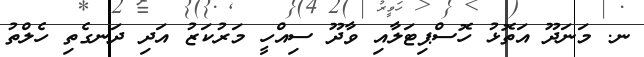
ނ. މަނަދޫ އަތޮޅު ހޮސްޕިޓަލާއި ވާދޫ ސިއްހީ މަރުކަޒު އަދި ދަނގެތި ހެލްތު